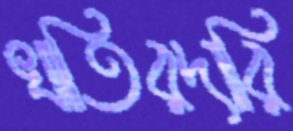
খাতিরদারি